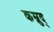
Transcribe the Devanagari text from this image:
कम्रुद्